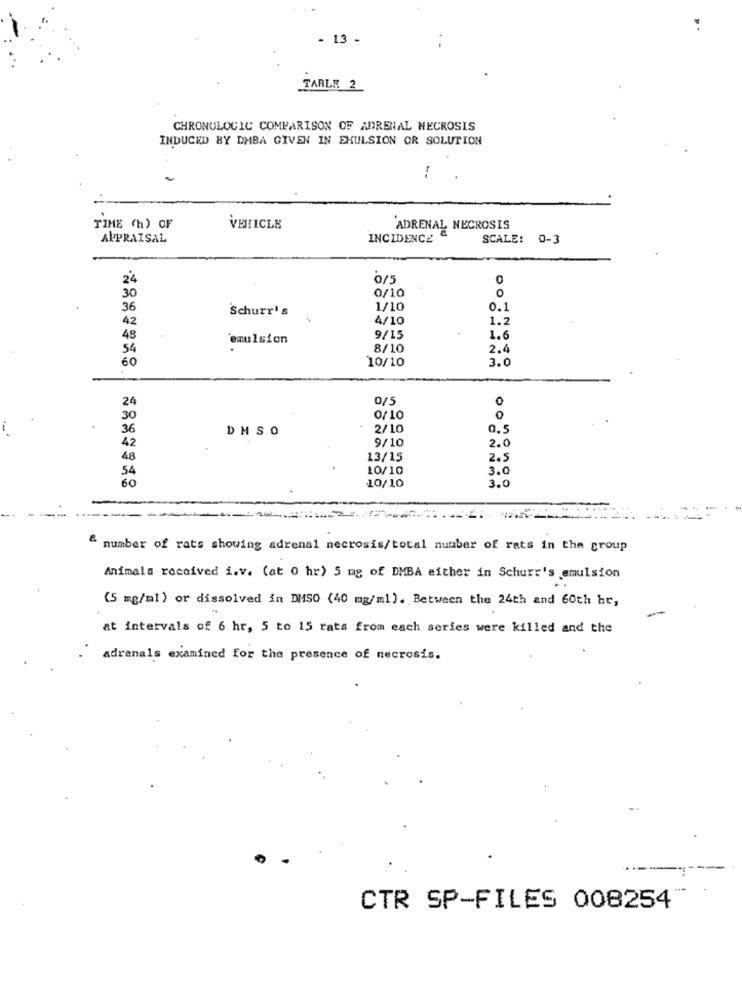
- 13 -
TARLE 2
CHRONOLOGIC COMPARISON OF ADRENAL NECROSIS
INDUCED BY DMBA GIVEN IN EMULSION OR SOLUTION
-
TIME (h) OF
VEHICLE
'ADRENAL NECROSIS
APPRAISAL
INCIDENCE
SCALE: 0-3
24
0/5
0
30
0/10
0
36
Schurr's
1/10
0.1
42
4/10
1.2
48
emulsion
9/15
1.6
54
8/10
2.4
60
10/10
3.0
24
0/5
0
30
0/10
0
36
DMSO
2/10
42
9/10
2.0
48
13/15
2.
54
10/10
3.0
60
10/10
3.0
number of rats showing adrenal necrosis/total number of rats in the group
Animals received i.v. (at 0 hr) 5 mg of DMBA either in Schurr's emulsion
(5 mg/ml) or dissolved in DMSO (40 mg/ml). Between the 24th and 60th hr,
-
at intervals of 6 hr, 5 to 15 rats from each series were killed and the
adrenals examined for the presence of necrosis.
CTR SP-FILES 008254